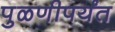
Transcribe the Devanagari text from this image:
पुळणीपर्यंत